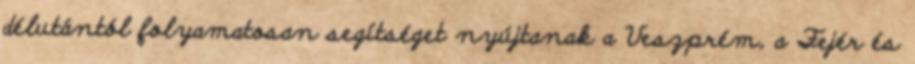
délutántól folyamatosan segítséget nyújtanak a Veszprém, a Fejér és